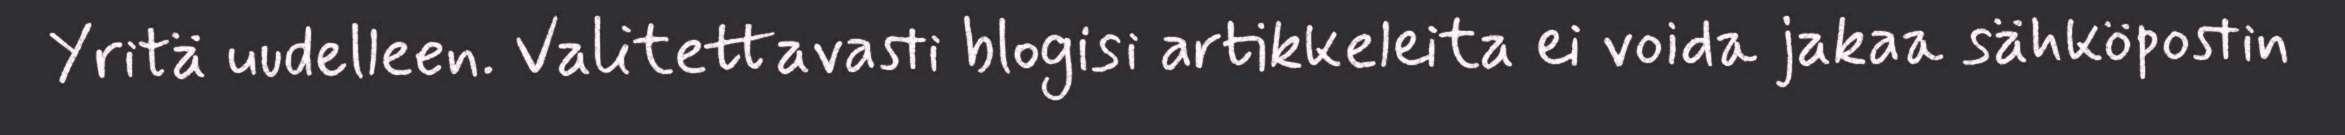
Yritä uudelleen. Valitettavasti blogisi artikkeleita ei voida jakaa sähköpostin